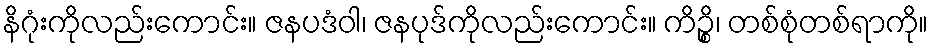
နိဂုံးကိုလည်းကောင်း။ ဇနပဒံဝါ၊ ဇနပုဒ်ကိုလည်းကောင်း။ ကိဉ္စိ၊ တစ်စုံတစ်ရာကို။